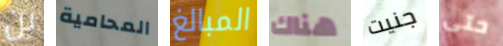
بن المحامية المبالغ هناك جنيت حتى